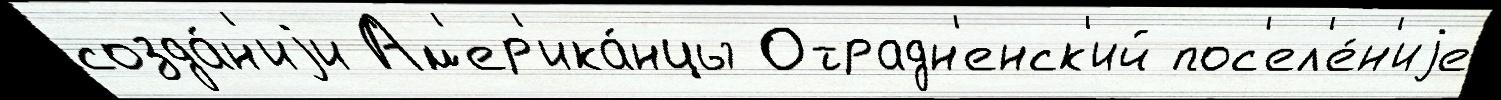
созда́н'иjи Ам'ер'ика́нцы Отрадн'енск'ий пос'ел'е́н'иjе